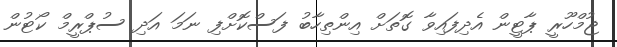
ޖުމްހޫރީ ޕާޓީން އެދިފައިވާ ގޮތަށް އިންތިހާބު ފަސްކޮށްފި ނަމަ އަދި ސުޕްރީމް ކޯޓުން